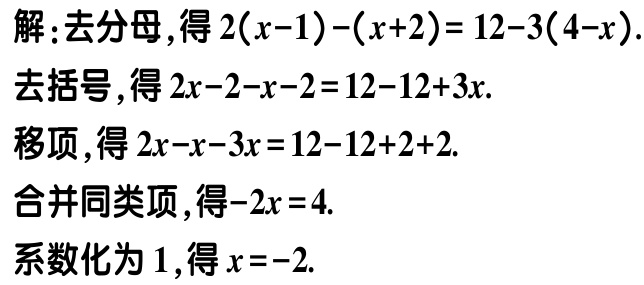
解：去分母，得\(2(x - 1) - (x + 2) = 12 - 3(4 - x)\).

去括号，得\(2x - 2 - x - 2 = 12 - 12 + 3x\).

移项，得\(2x - x - 3x = 12 - 12 + 2 + 2\).

合并同类项，得\(-2x = 4\).

系数化为\(1\)，得\(x = -2\).